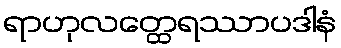
ရာဟုလတ္ထေရဿာပဒါနံ